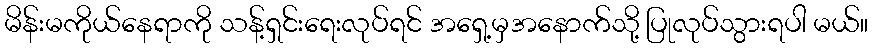
မိန်းမကိုယ်နေရာကို သန့်ရှင်းရေးလုပ်ရင် အရှေ့မှအနောက်သို့ ပြုလုပ်သွားရပါ မယ်။